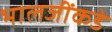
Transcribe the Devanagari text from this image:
भालजींकडे